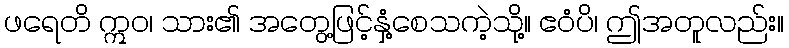
ဖရေတိ ဣဝ၊ သား၏ အတွေ့ဖြင့်နှံ့စေသကဲ့သို့။ ဧဝံပိ၊ ဤအတူလည်း။